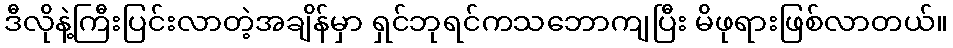
ဒီလိုနဲ့ကြီးပြင်းလာတဲ့အချိန်မှာ ရှင်ဘုရင်ကသဘောကျပြီး မိဖုရားဖြစ်လာတယ်။